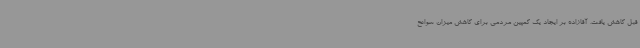
قبل کاهش یافت. آقازاده بر ایجاد یک کمپین مردمی برای کاهش میزان سوانح